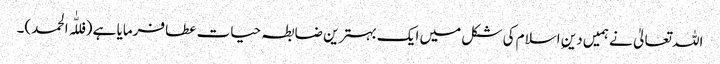
اللہ تعالیٰ نے ہمیں دینِ اسلام کی شکل میں ایک بہترین ضابطہ حیات عطا فرمایا ہے (فللّٰہ الحمد)۔